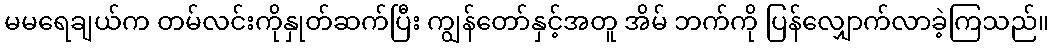
မမရေချယ်က တမ်လင်းကိုနှုတ်ဆက်ပြီး ကျွန်တော်နှင့်အတူ အိမ် ဘက်ကို ပြန်လျှောက်လာခဲ့ကြသည်။